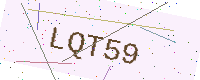
Text: LQT59